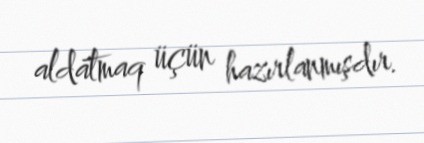
aldatmaq üçün hazırlanmışdır.